Kaarli_hariduselts_Sade, lk 8
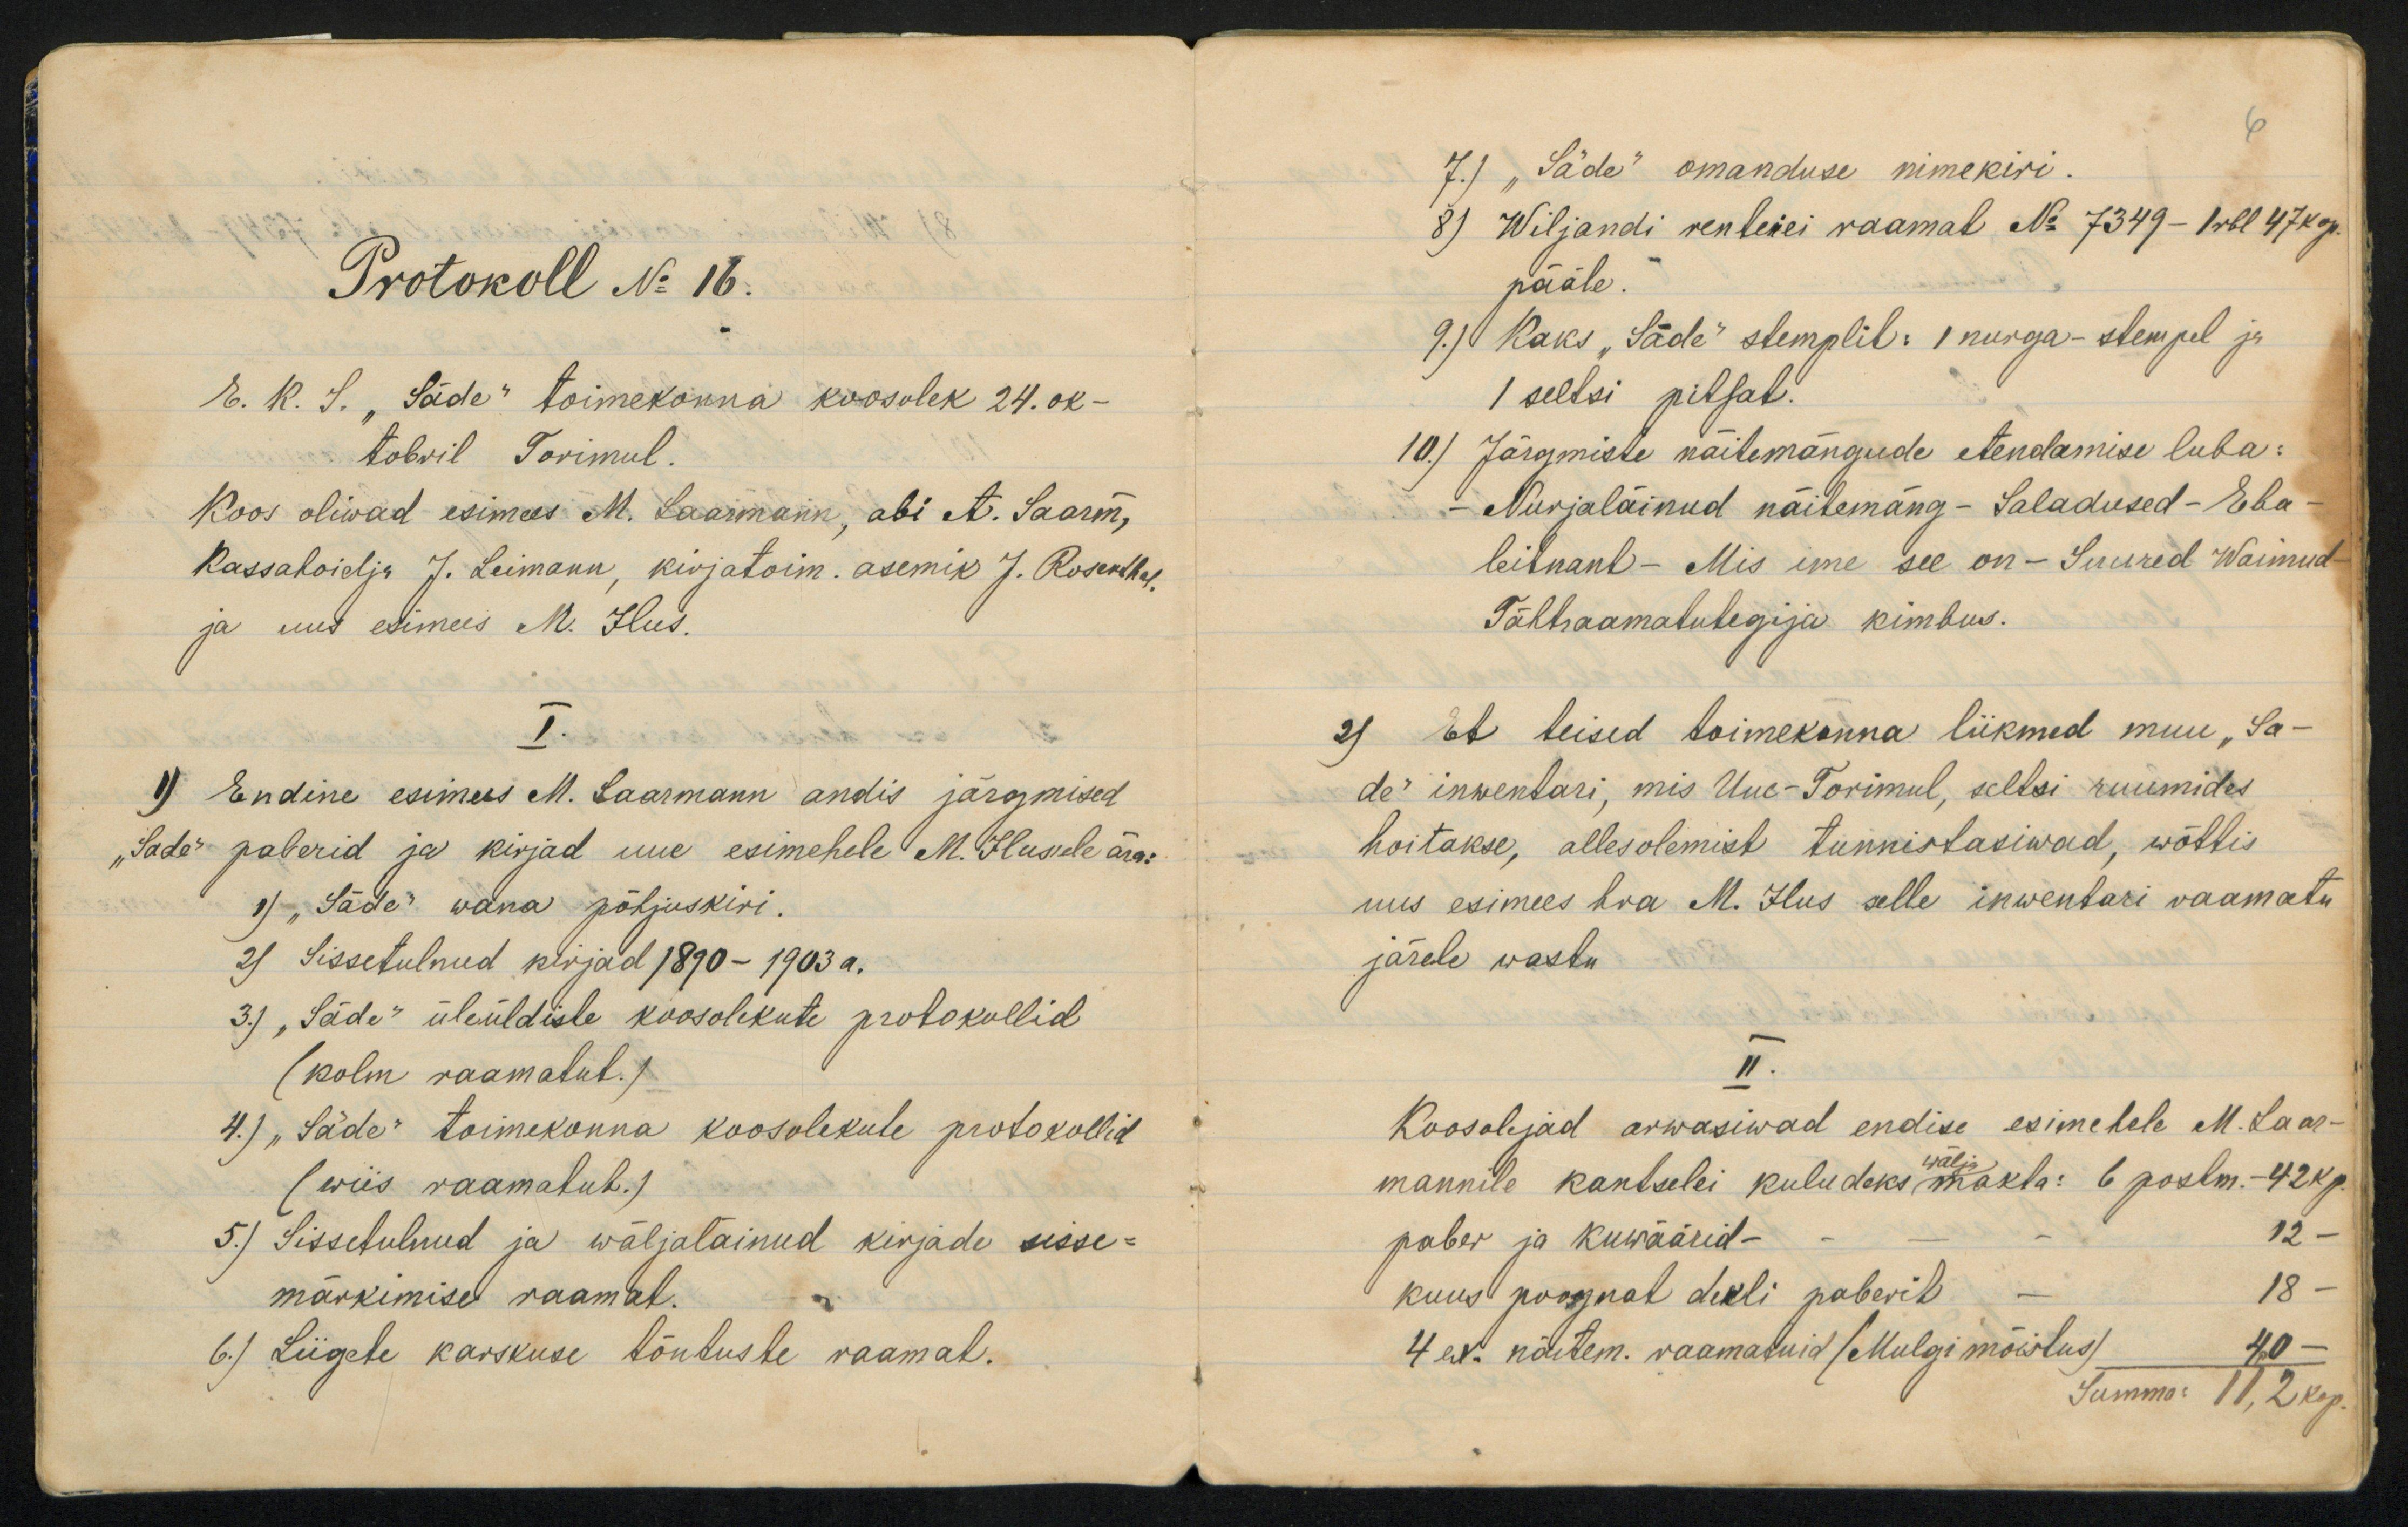
Protokoll N. 16.2. K. J. "Säde" toimekonna koosolek 24. ok-tobril Torimul.I.9) Endine esimees M. Laarmann andis järgmised"Sade" paberid ja kirjad uue esimehele M. Iluseele ära-1) „Jäda" wana põljuskiri.2) Sissetulnud kirjad 1870-1903 a.3) "Sädi" üleüldiste koosolikute protokollid(kolm raamatut.)4.) "Säde" toimekonna koosolekule protokollid(wiis raamatuh.)5.) Sissetulnud ja wäljatainud kirjade sisse-märkimisel raamat.6) Liigete karskuse tõutuste raamal.

7) "Säde" omanduse minekiri.8) Wiljandi renleiei raamal No 7349 - 1r6l 47 koppääle.9.) Kaks "Jäda" stemplil: 1 nurga-stempel ja1 sellsi pitsat10) Järgmiste naitemangude etendamise luba:Nurjaläinud näitemäng- Saladused - Ehaleitnant - Mis ime see on - Suured WaimudTähhaamalutegija kimbus.2) Eb teised toimekonna liikmed muu "Sa-de" inwentari, mis Uue-Torimul, seltsi ruumideshoitakse, allesolemist tunnistasiwad, wõttisuus esimees hoa M. Ilus selle inwentari vaamatujärele wastu5.Koosoljad arwasiwad endise esimehele M. Laar-wäl-mannile kantselei kuludeks makta: 6 poslm.-42kppaber ja kuwäärid-kuus poognat dekli paberib4 e. näitem. raamatuid /Mulgi mõöslus)